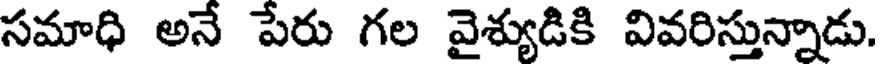
సమాధి అనే పేరు గల వైశ్యుడికి వివరిస్తున్నాడు.